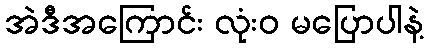
အဲဒီအကြောင်း လုံးဝ မပြောပါနဲ့